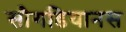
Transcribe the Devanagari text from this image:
सौगडियानस